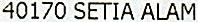
40170 SETIA ALAM